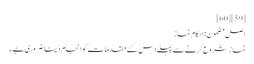
[59] [60]
اصل مضمون: احکام نماز
نماز شروع کرنے سے پہلے اس کے مقدمات کو انجام دینا ضروری ہے۔